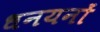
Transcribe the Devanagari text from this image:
धनयनों